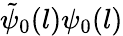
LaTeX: \tilde{\psi}_{0}(l)\psi_{0}(l)